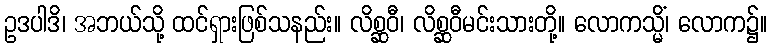
ဥဒပါဒိ၊ အဘယ်သို့ ထင်ရှားဖြစ်သနည်း။ လိစ္ဆဝီ၊ လိစ္ဆဝီမင်းသားတို့။ လောကသ္မိံ၊ လောက၌။